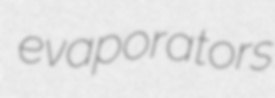
evaporators